Scottish Certificate of Education, 1963
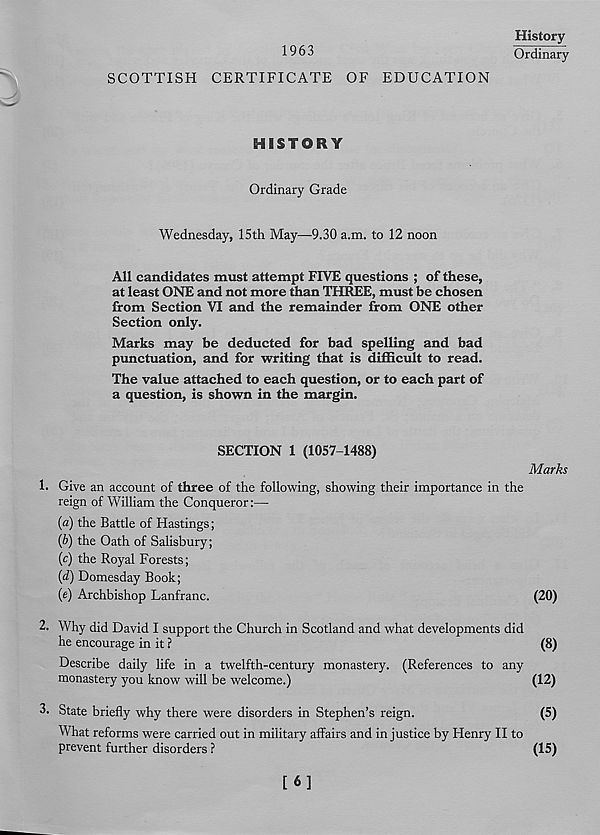
1963
History
Ordinary
SCOTTISH CERTIFICATE OF EDUCATION
HISTORY
Ordinary Grade
Wednesday, 15th May—9.30 a.m. to 12 noon
All candidates must attempt FIVE questions ; of these,
at least ONE and not more than THREE, must be chosen
from Section VI and the remainder from ONE other
Section only.
Marks may be deducted for bad spelling and bad
punctuation, and for writing that is difficult to read.
The value attached to each question, or to each part of
a question, is shown in the margin.
1.
SECTION 1 (1057-1488)
Marks
Give an account of three of the following, showing their importance in the
reign of William the Conqueror:—
(a) the Battle of Hastings;
(b) the Oath of Salisbury;
(e) the Royal Forests;
(d) Domesday Book;
(e) Archbishop Lanfranc.
(20)
2. Why did David I support the Church in Scotland and what developments did
he encourage in it ?
(8)
Describe daily life in a twelfth-century monastery. (References to any
monastery you know will be welcome.)
(12)
3. State briefly why there were disorders in Stephen’s reign.
(5)
What reforms were carried out in military affairs and in justice by Henry II to
prevent further disorders ?
(15)
[6]